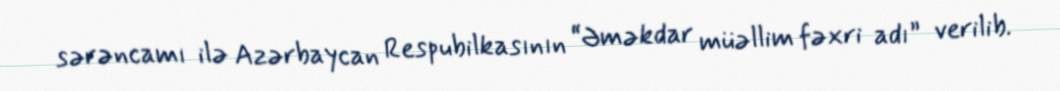
sərəncamı ilə Azərbaycan Respubilkasının “Əməkdar müəllim fəxri adı” verilib.